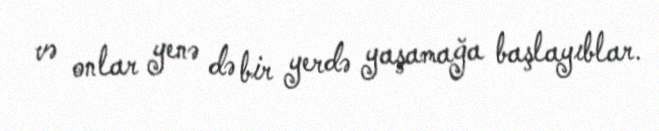
və onlar yenə də bir yerdə yaşamağa başlayıblar.